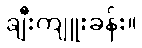
ချီးကျူးခန်း။